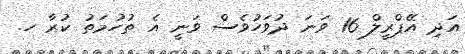
އަދި އޭޕްރީލް 16 ވަނަ ދުވަހުވެސް ވަނީ އެ ތުހުމަތު ކުރާ ހ.